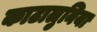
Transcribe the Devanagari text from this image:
काटालुनिया